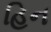
હિન